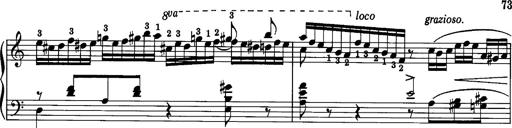
Title: La romanesca
Composer: Franz Liszt